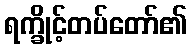
ရက္ခိုင့်တပ်တော်၏